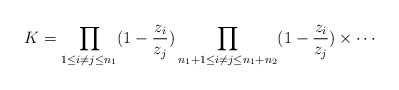
\begin{align*}K=\prod_{1\le i\ne j\le n_1}(1-\frac{z_i}{z_j})\prod_{n_1+1\le i\ne j\le n_1+n_2}(1-\frac{z_i}{z_j})\times\cdots\end{align*}